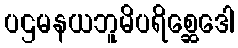
ပဌမနယဘူမိပရိစ္ဆေဒေါ